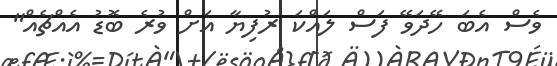
ވެސް އެބަ ހޭދަވޭ ފަސް ލައްކަ ރުފިޔާ އަށް ވުރެ ބޮޑު އެއްޗެއް"